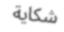
شكاية